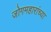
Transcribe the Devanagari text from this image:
जोगमहारांच्या